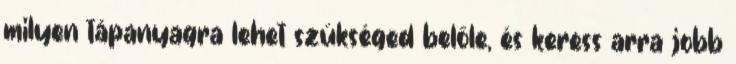
milyen tápanyagra lehet szükséged belőle, és keress arra jobb